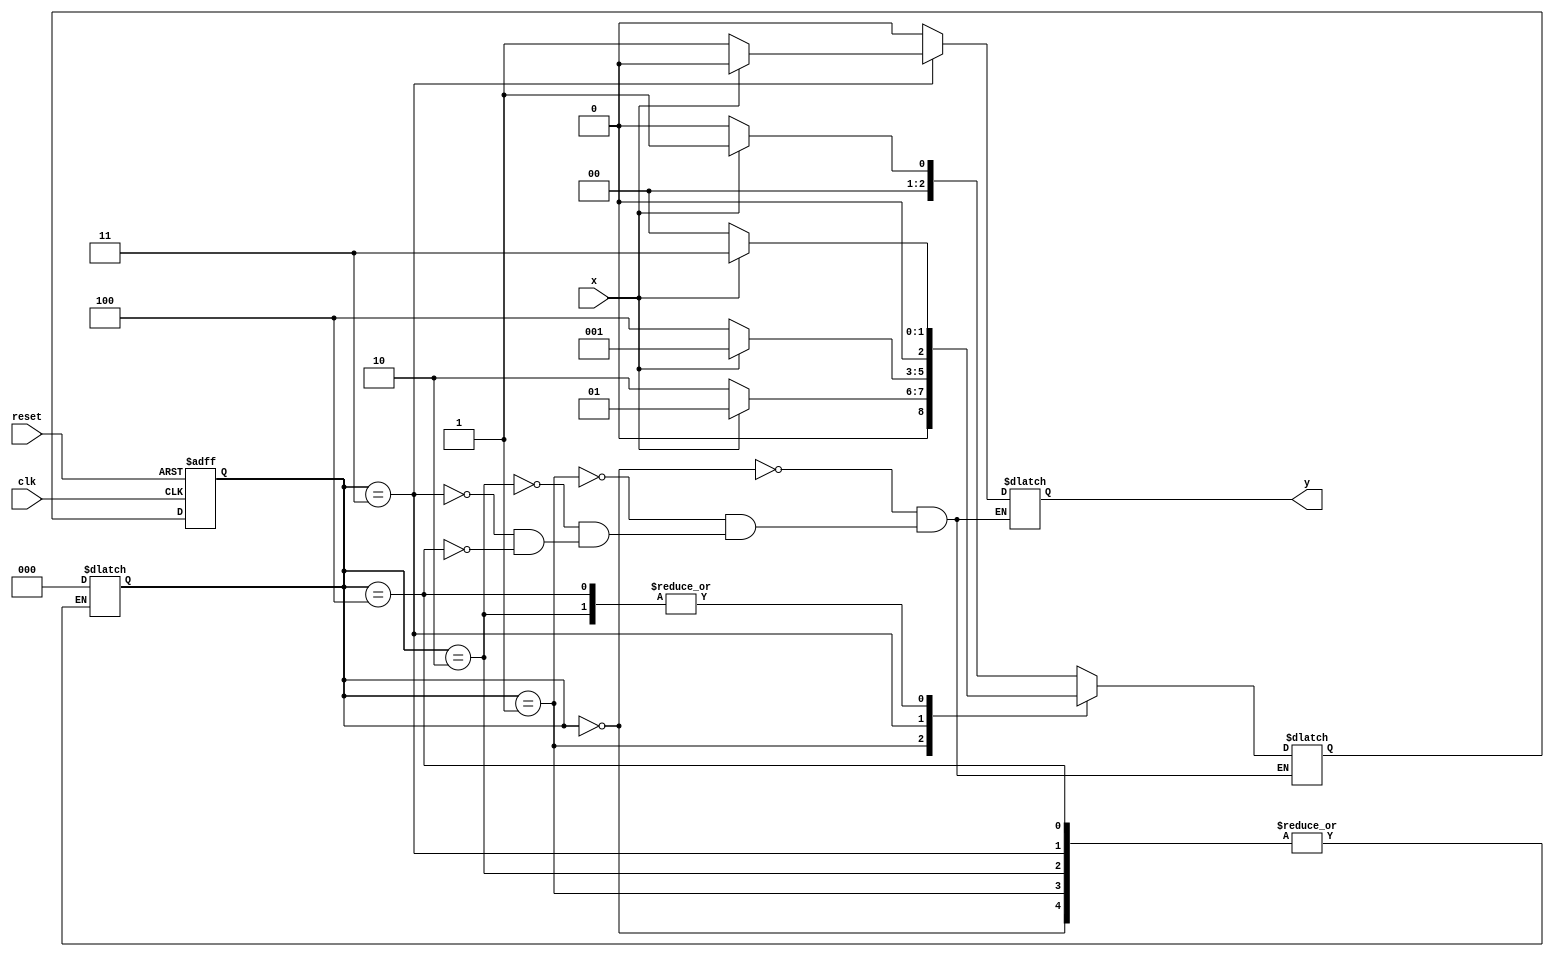
module mealey(x,reset,clk,y);
	input x,reset,clk;
	output reg y;
	parameter A=0, B=1, C=2, D=3, E=4;
	reg [2:0] ps,ns;
	always@(posedge clk, posedge reset)
	begin
		if(reset)
			ps <= A;
		else
			ps <= ns;
	end

	always@(ps,x)
	begin
		case(ps)
			A:	begin
					y = 0;
					ns = x ? B : A;
				end
			B:	begin
					y=0;
					ns = x ? B : C;
				end
			C:	begin
					y=0;
					ns = x ? D : A;
				end
			D:	begin
					y = x ? 0 : 1;
					ns = x ? B: E;
				end
			E:	begin
					y=0;
					ns = x ? D : A;
				end
			default: ps=A;
		endcase
	end
endmodule

module TestMileyMachine;
	reg in,CLK, RESET;
	wire Out;
	mealey dut(.x(in), .clk(CLK), .reset(RESET), .y(Out));
	initial
	begin
		$dumpfile("mealey.vcd"); $dumpvars(0,TestMileyMachine);
		$display("\nThe mealey Machine to check the sequence 1010");
	end
	always #5 CLK=~CLK;
	initial
	begin
		$monitor($time, "\tRESET=%b\tCLK=%b\tINP=%b\tOUT=%b",RESET,CLK,in,Out);
		RESET=1; CLK=0;
		#12 RESET=0;
		 #8 in=1; #10 in=0; #10 in=1; #10 in=0;
		#10 in=0; #10 in=1; #10 in=0; #10 in=1;
		#10 in=0; #10 in=1; #10 in=0; #10 in=0;
		#10 $finish;
	end
endmodule